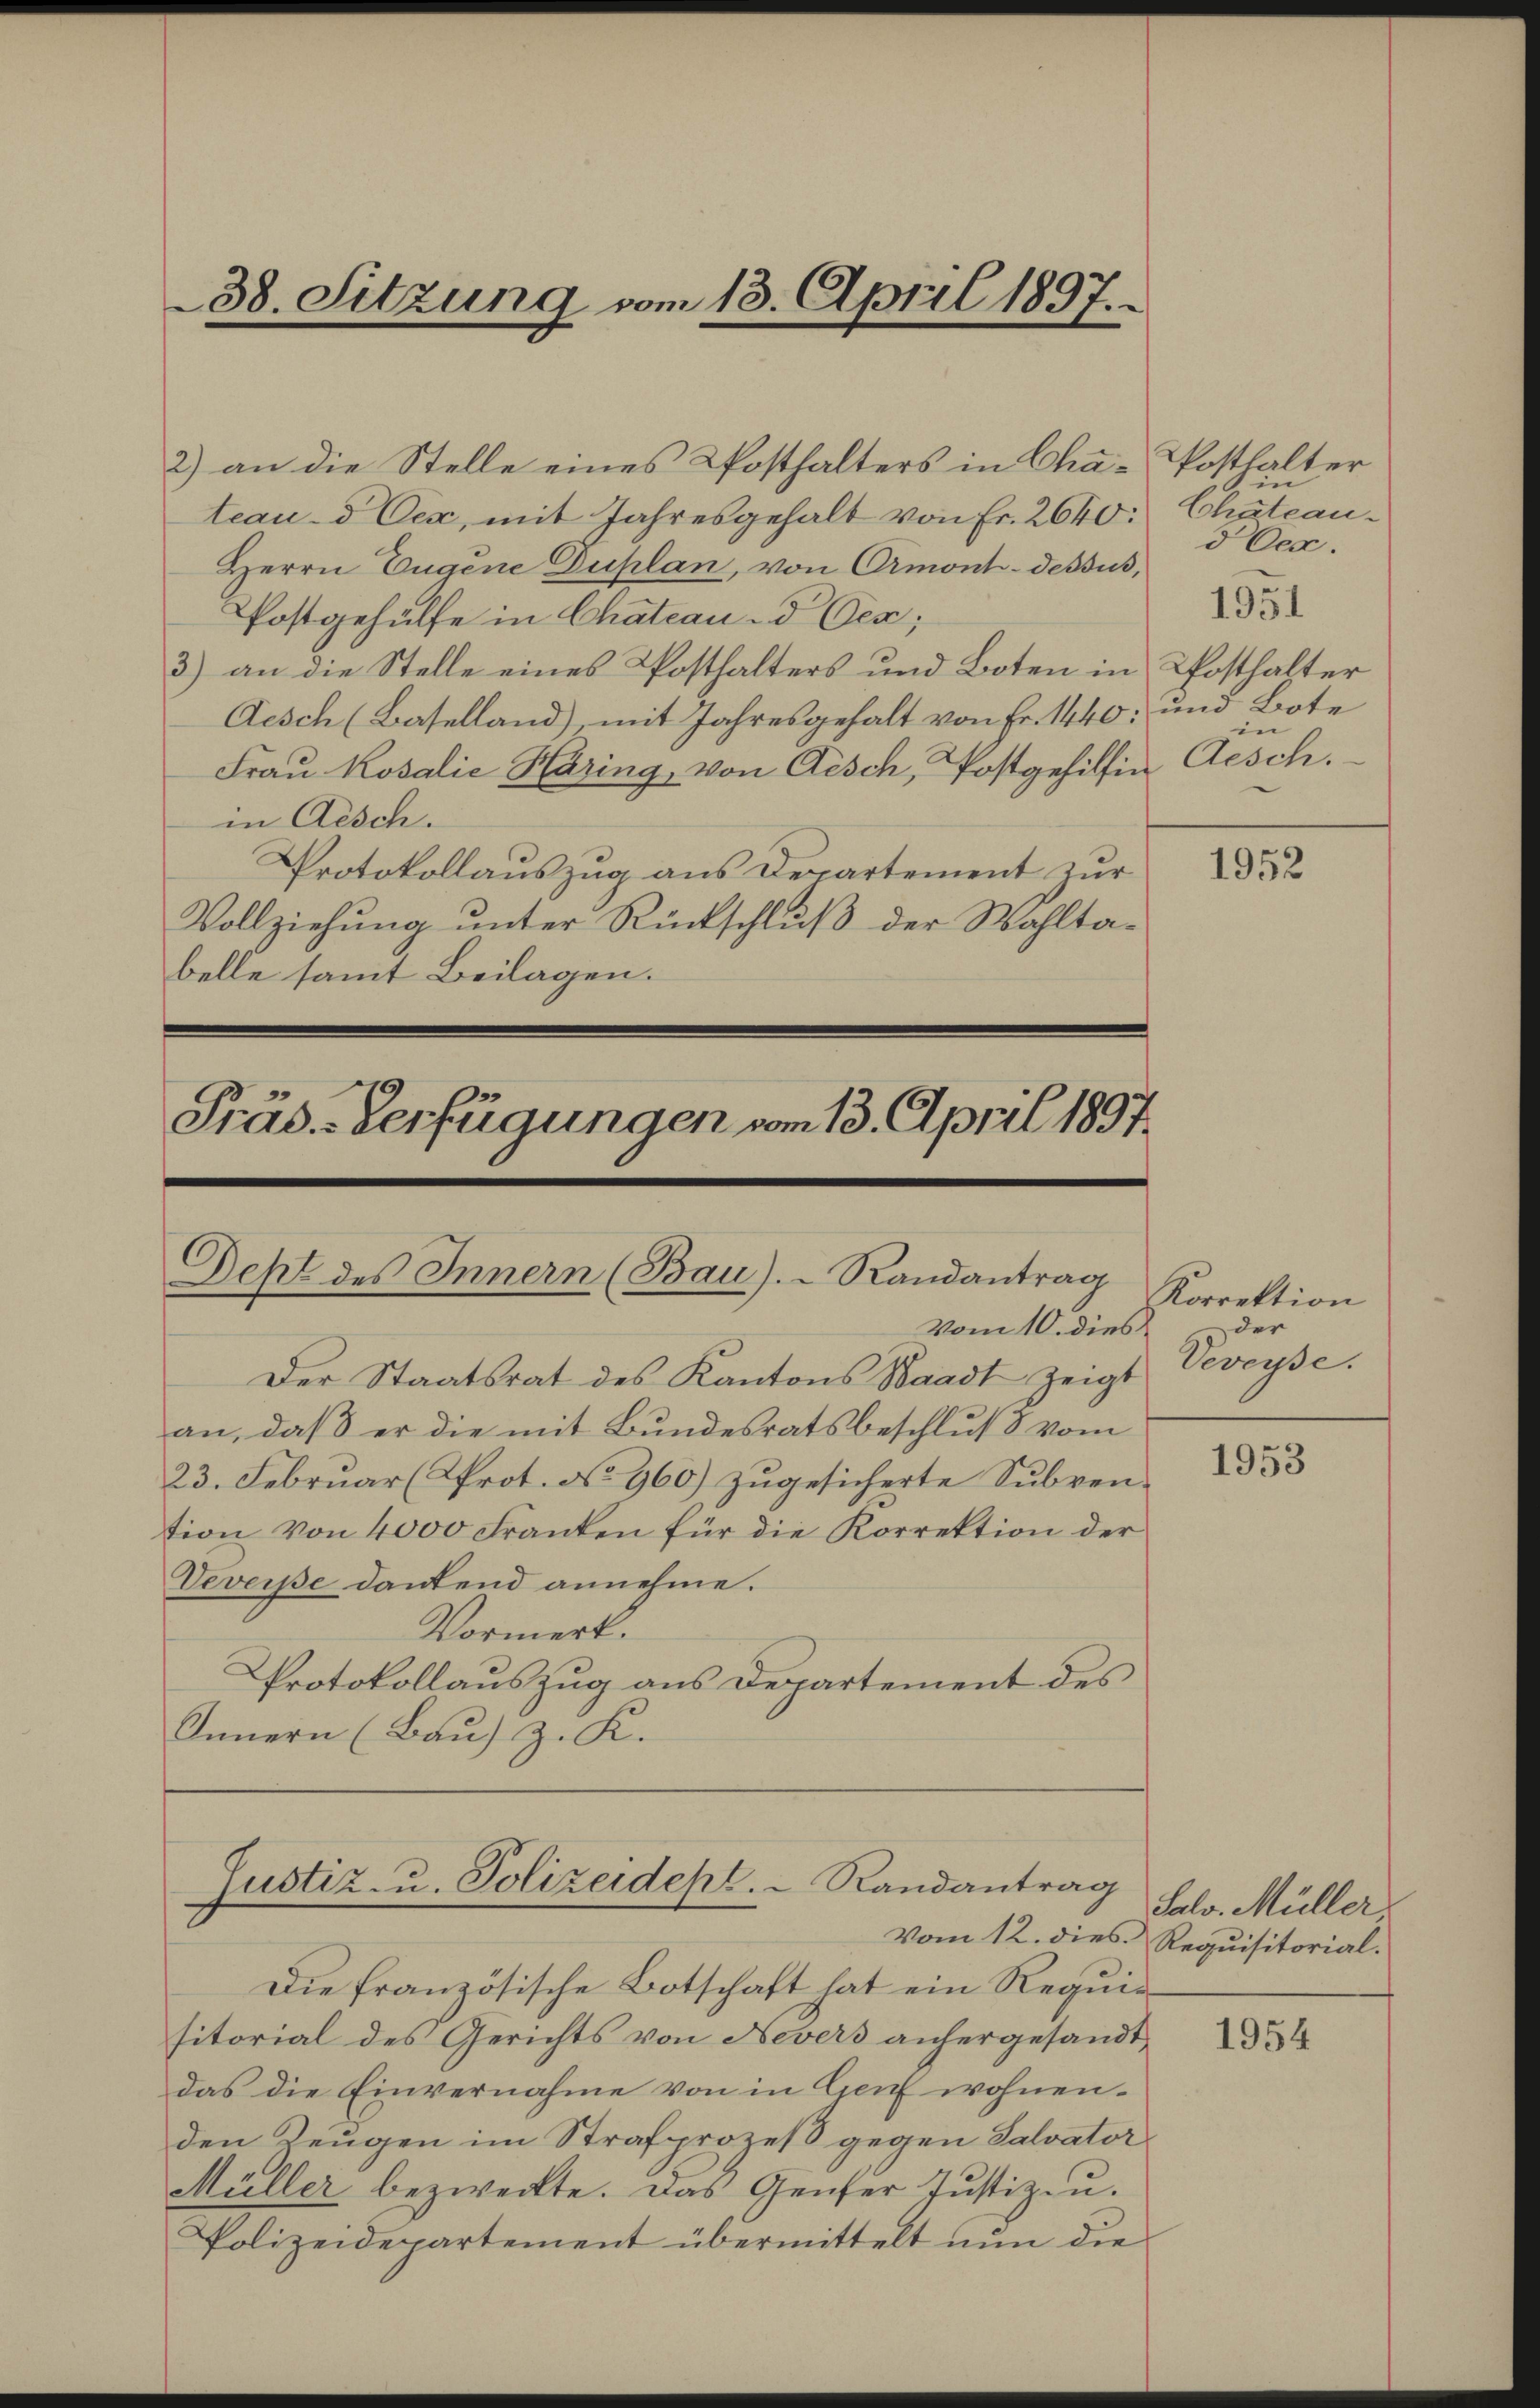
38. Sitzung vom 13. April 1897.

2) an die Stelle eines Kosthalters in Cha-Posthalter
teau- & Oex, mit Jahresgehalt von Fr. 2640: Chateau¬
Herrn Eugene Duplan, von Ormont-dessus,
Postgehülfe in Chateau- & Oes;
3) an die Stelle eines Posthalters und Boten in Posthalter
Aesch (Baselland), mit Jahresgehalt von Fr. 1440:
Frau Kosalie Häring, von Aesch, Postgehilfen Aesch.
in Aesch.
Protokollaŭszŭg ans Departement zŭr 23352
Vollziehung unter Rückschluß der Wahltabelle samt Beilagen.

Deht des Innern (Bau).- Randantrag
Der Staatsrat des Kantons Waadt zeigt
an, daß er die mit Bundesratsbeschluß vom
23. Februar (Prot. No 960) zugesicherte Subvention von 4000 Franken für die Korrektion der
Veverse dankend annehme.
Vormerk.

Präs.-Verfügungen vom 13. April 1897.

Protokollauszug aus Departement des
Innern (Bau) z. K.

Vom 12. dies Requisitorial.
Die französische Botschaft hat ein Requisitorial des Gerichts von Nevers anhergesandt,
das die Einvernahme von in Genf wohnenden Zeugen im Strafprozeß gegen Salvator
Müller bezweckte. Das Genfer Justiz zu.
Polizeidepartement übermittelt nun die

vom 10. dies

Justiz- u. Polizeidest.  Randantrag

.
d Oec
und Bote
in

Korrektion
der
Veveyse.

Salv. Müller.

1951

1953

1954